Report on the bubonic plague in Bombay, 1896-1897
Year: 1896
Disease focus: Plague
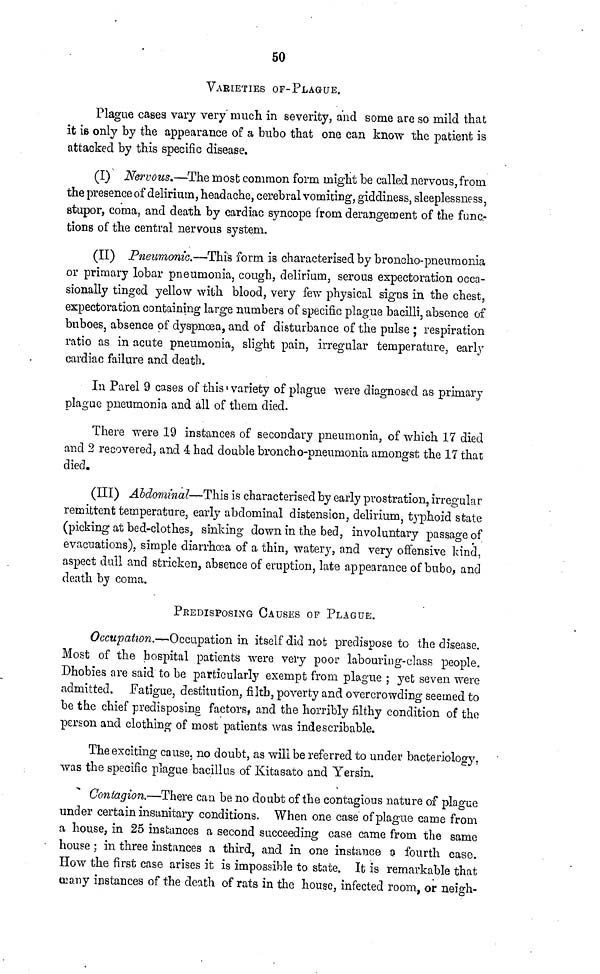
50
VARIETIES OF-PLAGUE.
Plague cases vary very much in seventy, and some are so mild that
it is only by the appearance of a bubo that one can know the patient is
attacked by this specific disease.
(I) Nervous.—The most common form might be called nervous,from
the presence of delirium, headache, cerebral vomiting, giddiness, sleeplessness,
stupor, coma, and death by cardiac syncope from derangement of the func-
tions of the central nervous system.
(II) Pneumonic.—This form is characterised by broncho-pneumonia
or primary lobar pneumonia, cough, delirium, serous expectoration occa-
sionally tinged yellow with blood, very few physical signs in the chest,
expectoration containing large numbers of specific plague bacilli, absence of
buboes, absence of dyspnoea, and of disturbance of the pulse ; respiration
ratio as in acute pneumonia, slight pain, irregular temperature, early
cardiac failure and death.
In Parel 9 cases of this « variety of plague were diagnosed as primary
plague pneumonia and all of them died.
There were 19 instances of secondary pneumonia, of which 17 died
and 2 recovered, and 4 had double broncho-pneumonia amongst the 17 that
died.
(Ill) Abdominal—This is characterised by early prostration, irregular
remittent temperature, early abdominal distension, delirium, typhoid state
(picking at bed-clothes, sinking down in the bed, involuntary passage of
evacuations), simple diarrhoea of a thin, watery, and very offensive kind,
aspect dull and stricken, absence of eruption, late appearance of bubo, and
death by coma.
PEEDISPOSING CAUSES OF PLAGUE.
Occupation.—Occupation in itself did not predispose to the disease.
Most of the hospital patients were very poor labouring-class people.
Dhobies are said to be particularly exempt from plague ; yet seven were
admitted. Fatigue, destitution, filth, poverty and overcrowding seemed to
be the chief predisposing factors, and the horribly filthy condition of the
person and clothing of most patients was indescribable.
The exciting cause, no doubt, as will be referred to under bacteriology,
was the specific plague bacillus of Kitasato and Yersin.
Contagion.—There can be no doubt of the contagious nature of plague
under certain insanitary conditions. When one case of plague came from
a house, in 25 instances a second succeeding case came from the same
house ; in three instances a third, and in one instance o fourth case.
How the first case arises it is impossible to state. It is remarkable that
many instances of the death of rats in the house, infected room, or neigh-